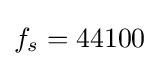
f_{s}=44100